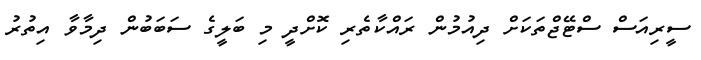
ސީރިއަސް ސްޓޭޖްތަކަށް ދިއުމުން ރައްކާތެރި ކޮށްދީ މި ބަލީގެ ސަބަބުން ދިމާވާ އިތުރު